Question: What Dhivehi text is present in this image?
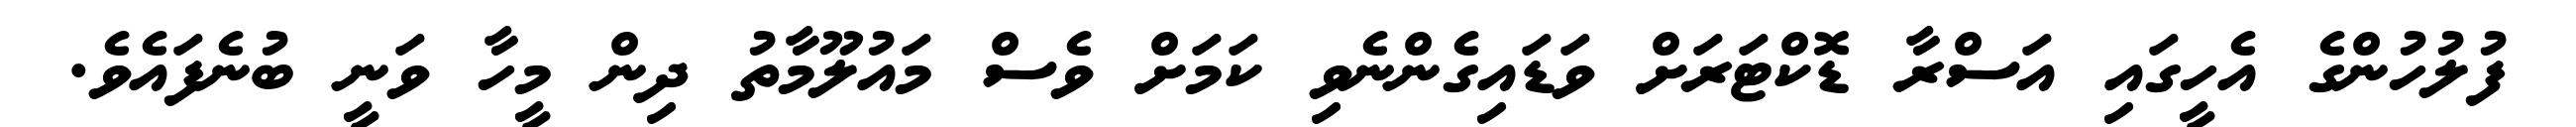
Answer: ފުލުހުންގެ އެހީގައި އަސްރާ ޑޮކްޓަރަށް ވަޑައިގެންނެވި ކަމަށް ވެސް މައުލޫމާތު ދިން މީހާ ވަނީ ބުނެފައެވެ.